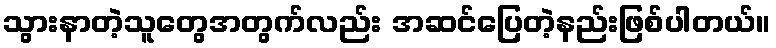
သွားနာတဲ့သူတွေအတွက်လည်း အဆင်ပြေတဲ့နည်းဖြစ်ပါတယ်။